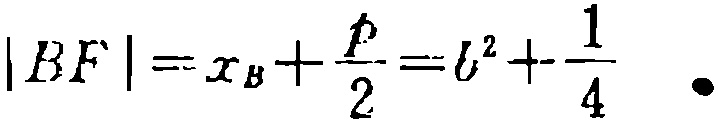
\(|BF| = x_B+\frac{p}{2}=l^{2}+\frac{1}{4} \cdot\)